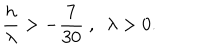
LaTeX: { \frac { h } { \lambda } } > - { \frac { 7 } { 3 0 } } \ , \ \ \lambda > 0 .